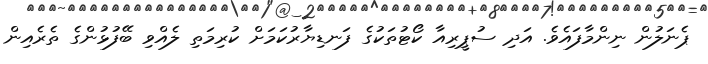
ޕެނަލުން ނިންމާފައެވެ. އަދި ސުޕީރިއާ ކޯޓުތަކުގެ ފަނޑިޔާރުކަމަށް ކުރިމަތި ލެއްވި ބޭފުޅުންގެ ތެރެއިން